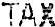
TAX